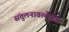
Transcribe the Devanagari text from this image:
संतुलनावस्थेतील